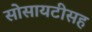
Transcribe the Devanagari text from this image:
सोसायटीसह